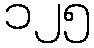
၁၂၅